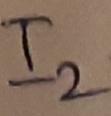
Text: I2